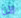
الآن